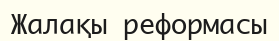
Жалақы реформасы